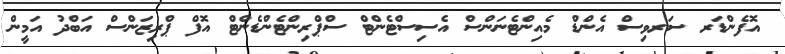
އޮފެންޑަރ ސަރވިސް އެންޑް މެއިންޓެނަންސް އެސިސްޓެންޓް ސްޕްރިންޓެންޑެންޓް އޮފް ޕްރިޒަންސް އަބްދު އަމީން